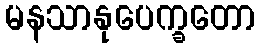
မနသာနုပေက္ခတော